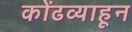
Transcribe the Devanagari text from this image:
कोंढव्याहून